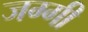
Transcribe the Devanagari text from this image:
जग्‍गी